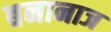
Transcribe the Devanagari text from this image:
बनानाज